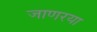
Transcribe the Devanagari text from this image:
जाणरया